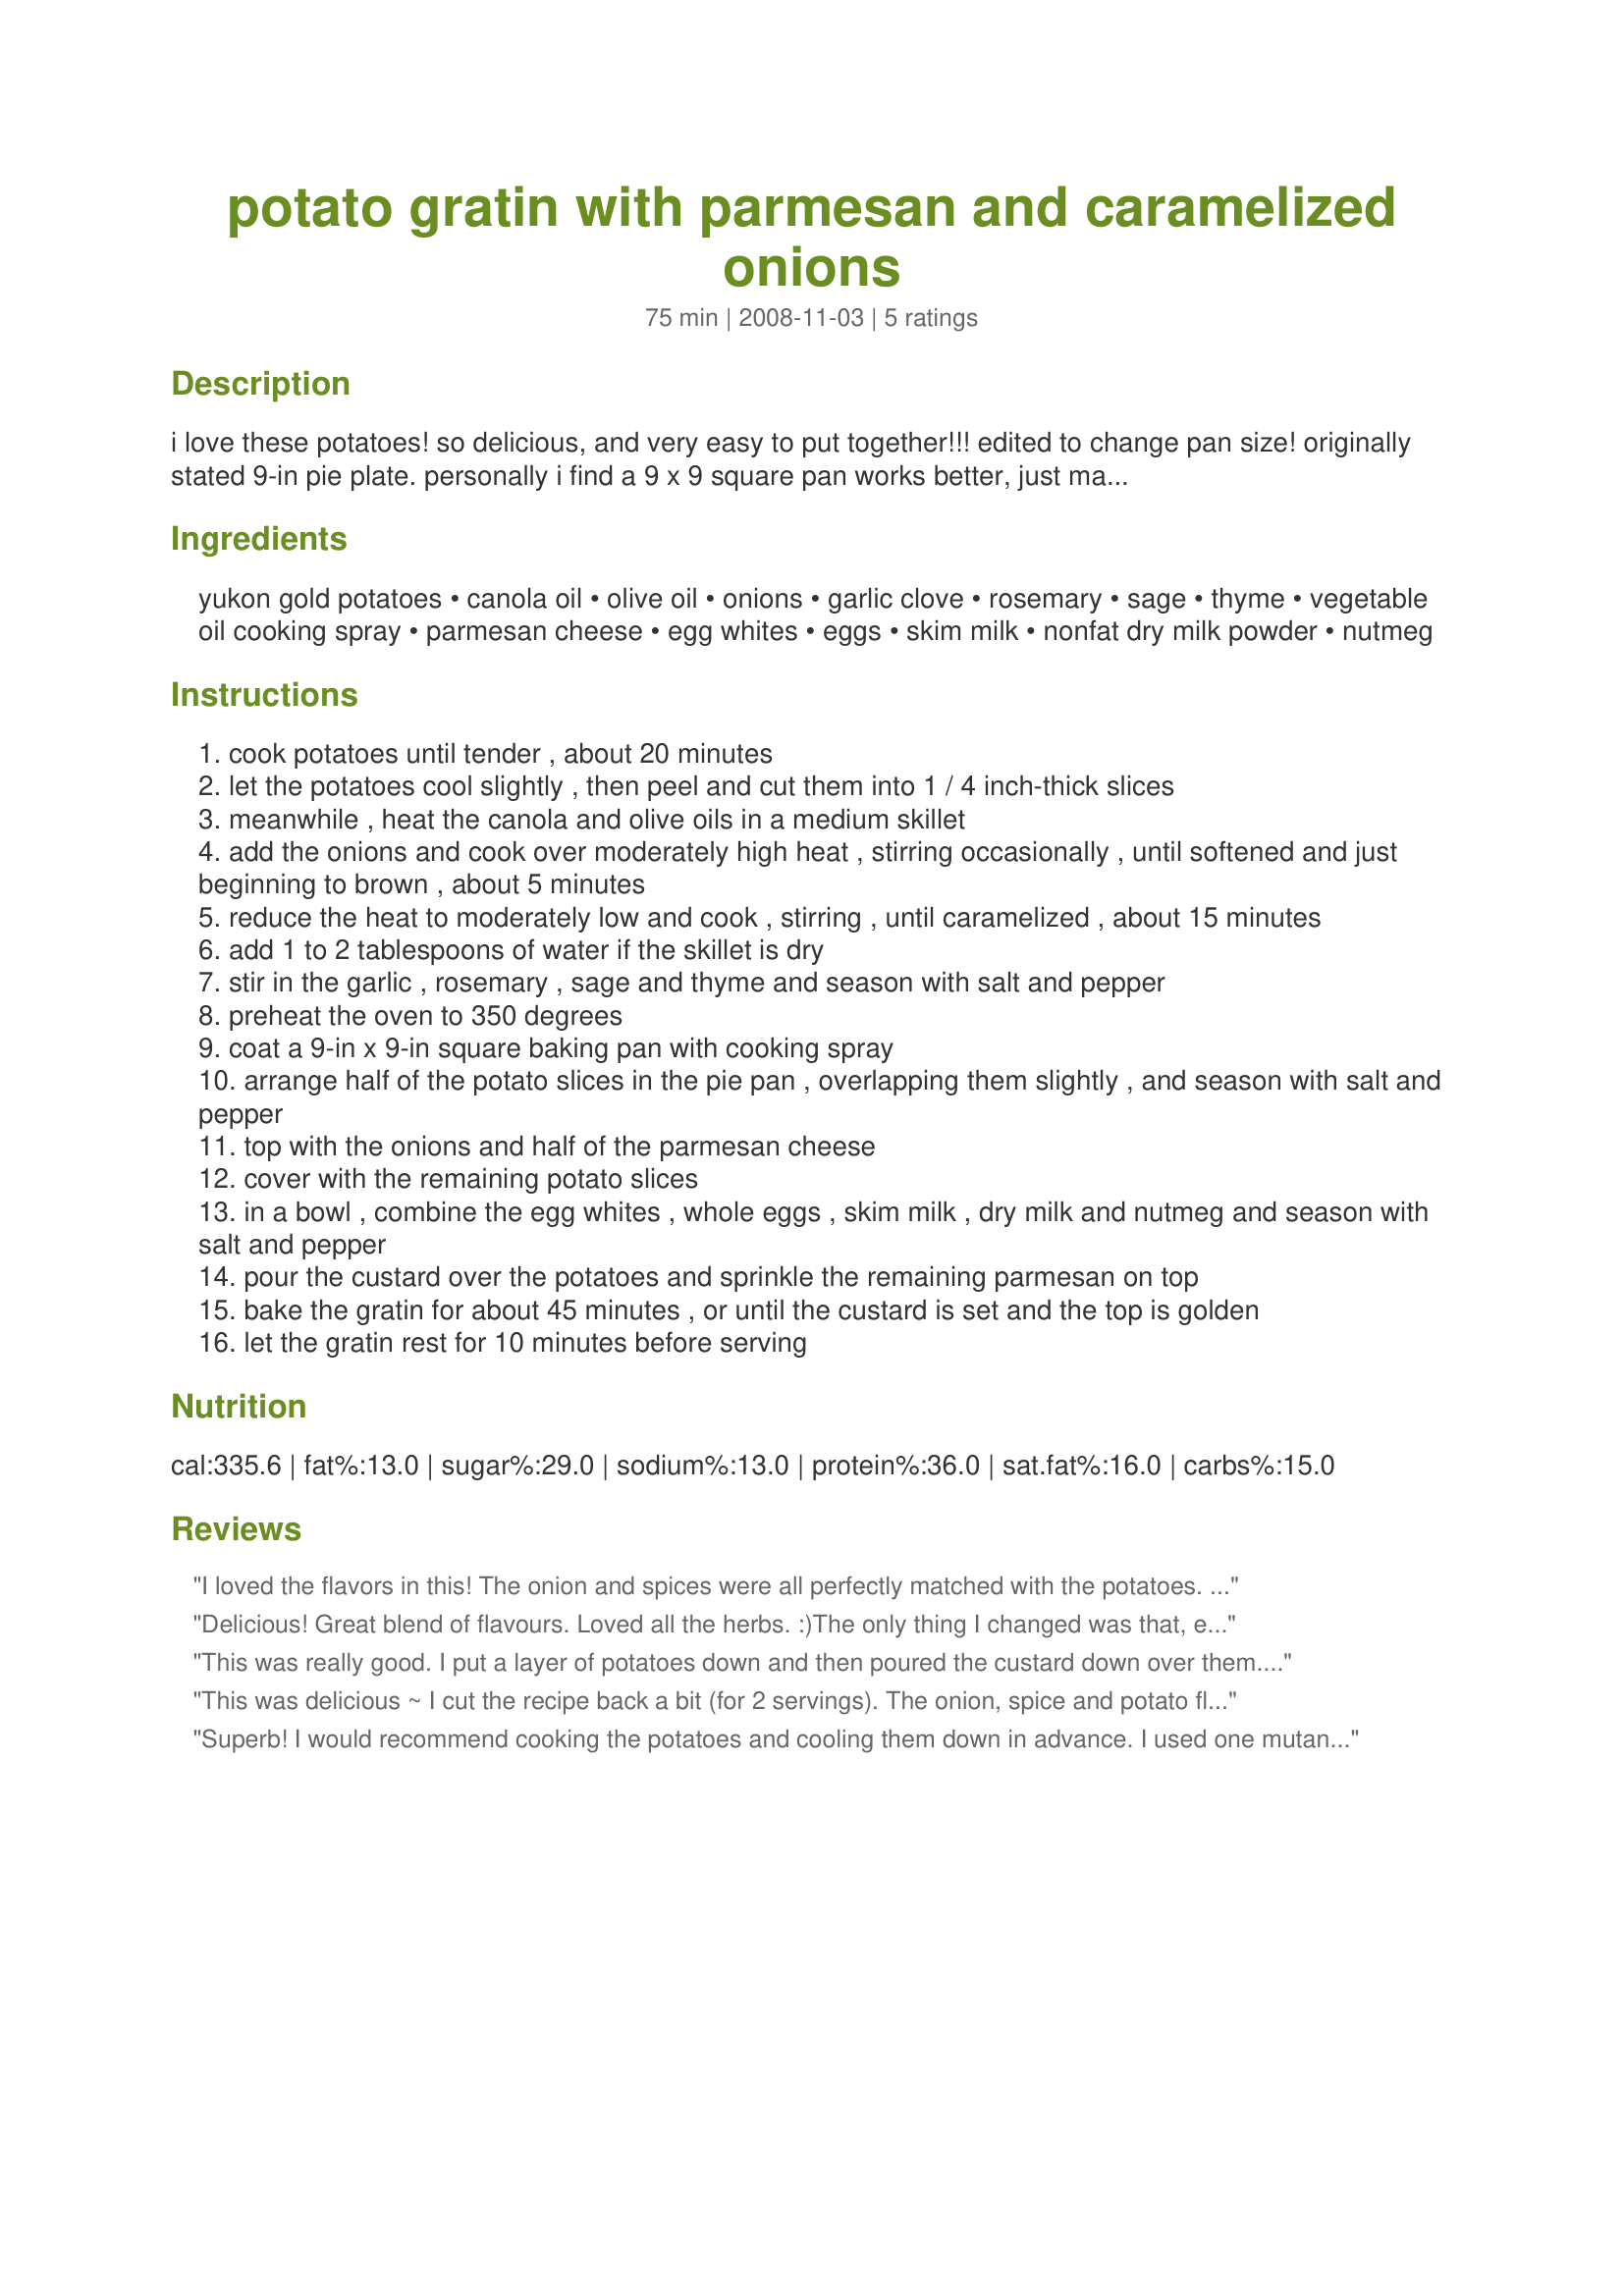
potato gratin with parmesan and caramelized onions
Preparation time: 75 minutes

i love these potatoes! so delicious, and very easy to put together!!!

edited to change pan size! originally stated 9-in pie plate. personally i find a 9 x 9 square pan works better, just make sure to use a deep dish pan!

Ingredients:
yukon gold potatoes, canola oil, olive oil, onions, garlic clove, rosemary, sage, thyme, vegetable oil cooking spray, parmesan cheese, egg whites, eggs, skim milk, nonfat dry milk powder, nutmeg

Steps:
cook potatoes until tender , about 20 minutes
let the potatoes cool slightly , then peel and cut them into 1 / 4 inch-thick slices
meanwhile , heat the canola and olive oils in a medium skillet
add the onions and cook over moderately high heat , stirring occasionally , until softened and just beginning to brown , about 5 minutes
reduce the heat to moderately low and cook , stirring , until caramelized , about 15 minutes
add 1 to 2 tablespoons of water if the skillet is dry
stir in the garlic , rosemary , sage and thyme and season with salt and pepper
preheat the oven to 350 degrees
coat a 9-in x 9-in square baking pan with cooking spray
arrange half of the potato slices in the pie pan , overlapping them slightly , and season with salt and pepper
top with the onions and half of the parmesan cheese
cover with the remaining potato slices
in a bowl , combine the egg whites , whole eggs , skim milk , dry milk and nutmeg and season with salt and pepper
pour the custard over the potatoes and sprinkle the remaining parmesan on top
bake the gratin for about 45 minutes , or until the custard is set and the top is golden
let the gratin rest for 10 minutes before serving

Reviews:
I loved the flavors in this! The onion and spices were all perfectly matched with the potatoes. It was a nice side dish on our Thanksgiving table. We did think it was a little "eggy" for our tastes - next time we would skip the egg custard.
Delicious! Great blend of flavours. Loved all the herbs. :)The only thing I changed was that, even though I more or less (my ingredients are often a bit inexact, generally erring on the generous side!) halved the recipe - as a garlic lover - I doubled the garlic and added one leek. Eggs pose a dilemma when one halves recipes. I simply used one egg white and two whole eggs, which worked out fine. Certainly a recipe I'll be making again: so flavoursome, easy to prepare and relatively low in fat. Thank you for sharing it, kittycatmom! Hope you've tried it by now! Made for 1-2-3 Hit Wonders.
This was really good. I put a layer of potatoes down and then poured the custard down over them. Then layered more potatoes over that. It was different but very good. The next time I make this I will pour the custard over the top of the potatoes.
This was delicious ~ I cut the recipe back a bit (for 2 servings). The onion, spice and potato flavors blended so well together. This is a keeper. Thanks kittycatmom, made for Potluck Tag, Feb 2009.
Superb! I would recommend cooking the potatoes and cooling them down in advance. I used one mutant sized vadalia onion as we love out onions.
I also chose not to peel the potatoes as we love the skin, plus I used baby yukon gold and a few baby red bliss. Thanks Kittycatmon for a delectable side dish! Made for Spring 2009 Potluck tag.
